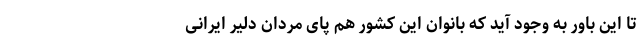
تا این باور به وجود آید که بانوان این کشور هم پای مردان دلیر ایرانی